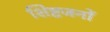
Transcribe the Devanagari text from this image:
शिष्टजनों